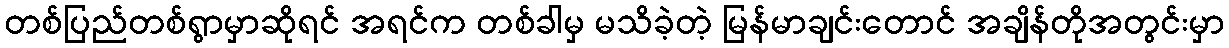
တစ်ပြည်တစ်ရွာမှာဆိုရင် အရင်က တစ်ခါမှ မသိခဲ့တဲ့ မြန်မာချင်းတောင် အချိန်တိုအတွင်းမှာ